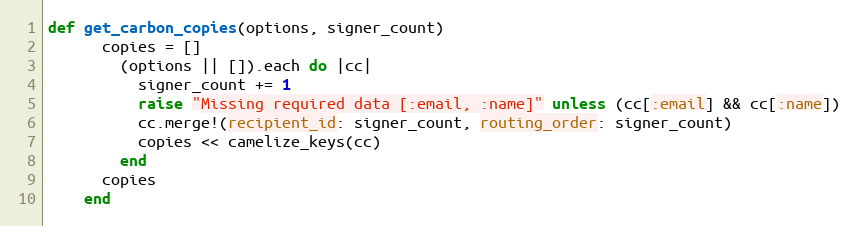
Language: Ruby
def get_carbon_copies(options, signer_count)
      copies = []
        (options || []).each do |cc|
          signer_count += 1
          raise "Missing required data [:email, :name]" unless (cc[:email] && cc[:name])
          cc.merge!(recipient_id: signer_count, routing_order: signer_count)
          copies << camelize_keys(cc)
        end
      copies
    end